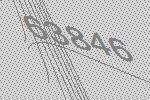
63846